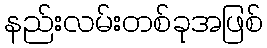
နည်းလမ်းတစ်ခုအဖြစ်